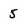
Character: 5